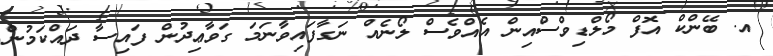
އ. ބޭންކް އޮފް މޯލްޑިވްސްއިން އެއްވެސް ލޯނެއް ނަގާފައިވާނަމަ ގަވާޢިދުން ފައިސާ ދައްކަމުން